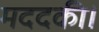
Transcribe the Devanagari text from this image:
मददकी।